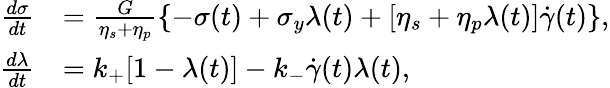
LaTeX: \begin{array}{rl}{\frac{d\sigma}{dt}}&{=\frac{G}{\eta_{s}+\eta_{p}}\left\{ -\sigma(t)+\sigma_{y}\lambda(t)+[\eta_{s}+\eta_{p}\lambda(t)]\dot{\gamma}(t)\right\} ,}\\ {\frac{d\lambda}{dt}}&{=k_{+}[1-\lambda(t)]-k_{-}\dot{\gamma}(t)\lambda(t),}\end{array}